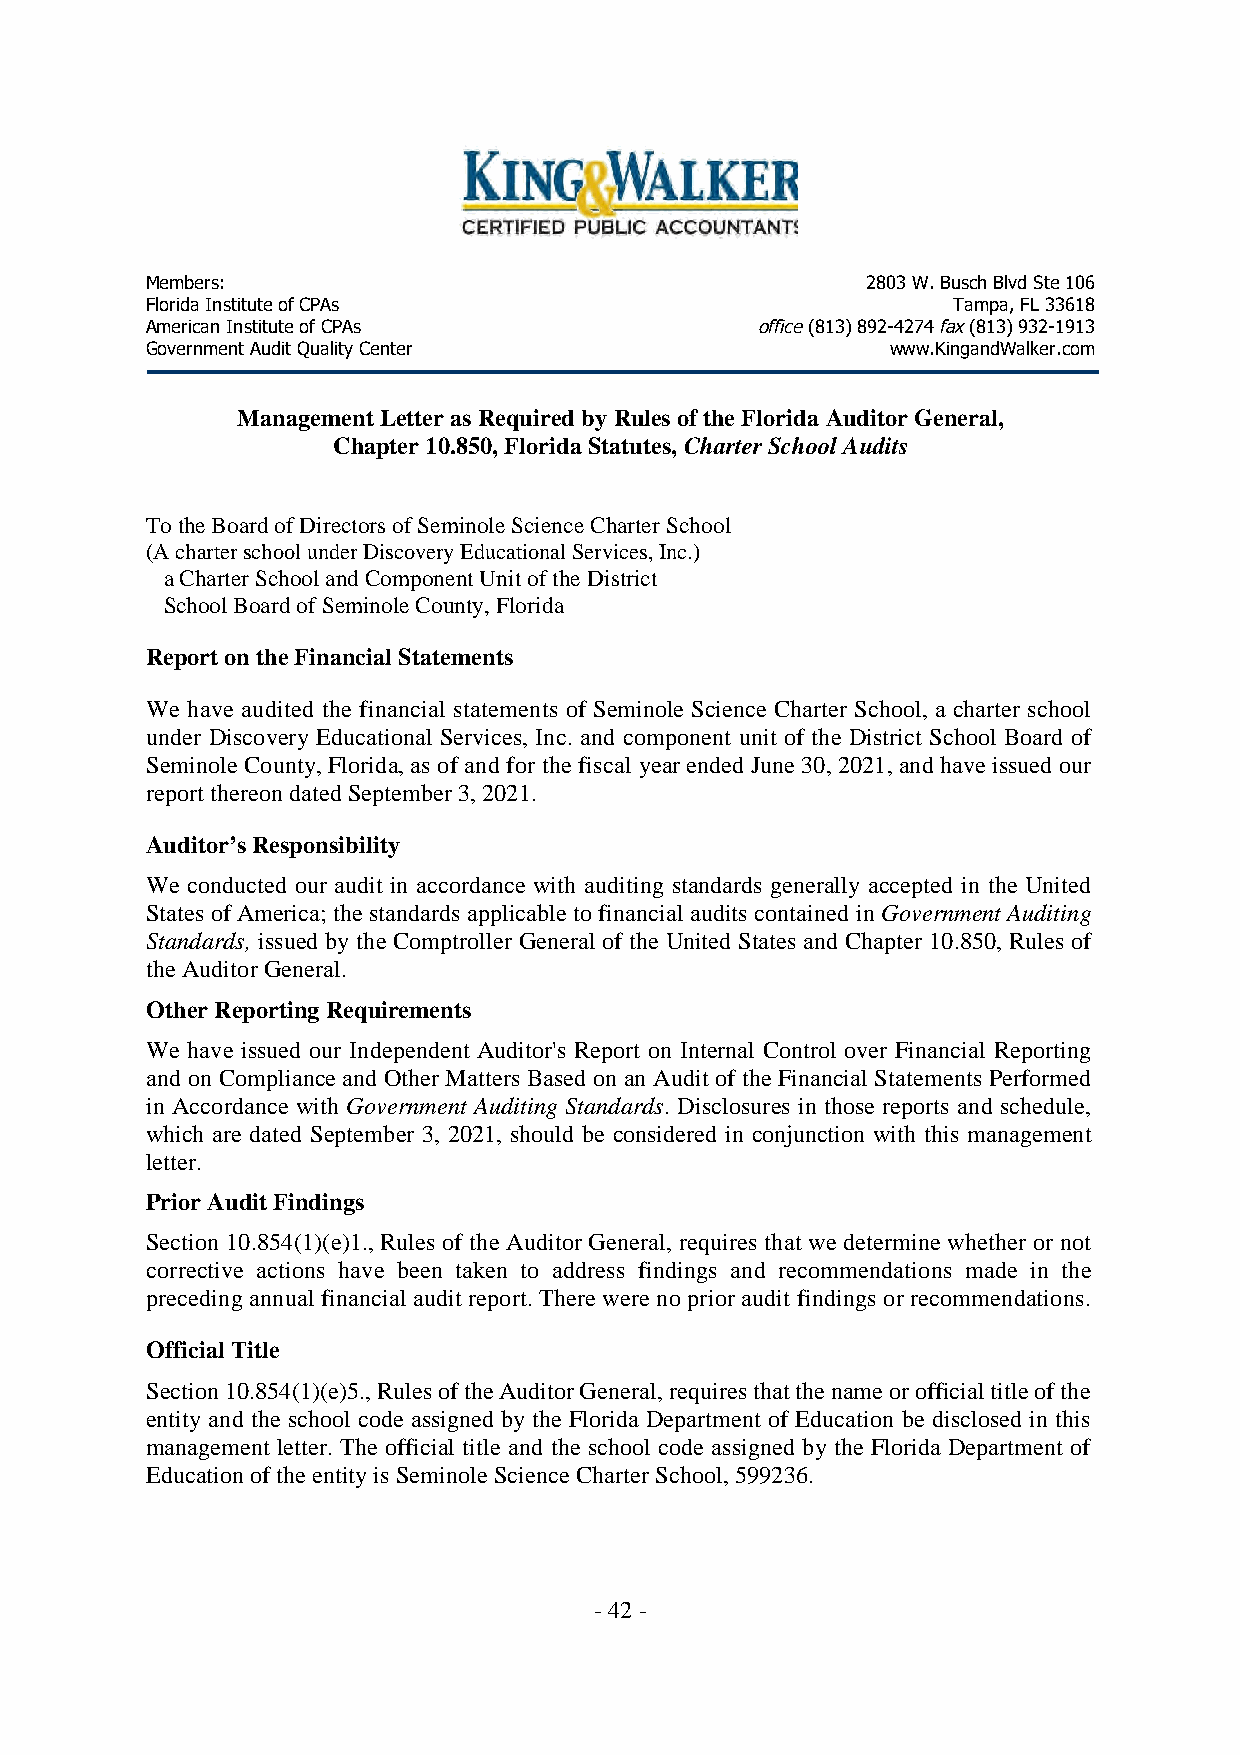
Members:                                       2803W.BuschBlvdSte106
 FloridaInstituteofCPAs                               Tampa,FL33618
 AmericanInstituteofCPAs                 office(813)892-4274fax(813)932-1913
 GovernmentAuditQualityCenter                     www.KingandWalker.com
 ManagementLetteras RequiredbyRules oftheFloridaAuditorGeneral,
 Chapter10.850,FloridaStatutes, CharterSchoolAudits
 TotheBoardofDirectorsofSeminoleScienceCharterSchool
 (AcharterschoolunderDiscoveryEducationalServices,Inc.)
 aCharterSchoolandComponentUnitoftheDistrict
 SchoolBoardofSeminoleCounty,Florida
 ReportontheFinancialStatements
 We have audited the financial statements of Seminole Science Charter School, a charter school
 under Discovery Educational Services, Inc. and component unit of the District School Board of
 SeminoleCounty,Florida, as of and for the fiscal yearendedJune30,2021,andhaveissuedour
 reportthereondatedSeptember3,2021.
 Auditor’sResponsibility
 We conducted our audit in accordance with auditing standards generally accepted in the United
 States ofAmerica;the standards applicableto financialaudits contained in Government Auditing
 Standards, issued by the Comptroller General of the United States and Chapter 10.850, Rules of
 theAuditorGeneral.
 OtherReportingRequirements
 We have issued our Independent Auditor's Report on Internal Control over Financial Reporting
 and on Compliance and Other Matters Based on an Audit of the Financial Statements Performed
 in Accordance with Government Auditing Standards. Disclosures in those reports and schedule,
 which are dated September 3, 2021, should be considered in conjunction with this management
 letter.
 PriorAuditFindings
 Section 10.854(1)(e)1., Rules of the Auditor General, requires that wedetermine whether or not
 corrective actions have been taken to address findings and recommendations made in the
 preceding annual financial audit report. Therewereno prior audit findings orrecommendations.
 OfficialTitle
 Section10.854(1)(e)5.,RulesoftheAuditorGeneral,requiresthatthenameorofficialtitleofthe
 entity and the school code assigned by the Florida Department of Education be disclosed in this
 management letter. The official title and the school code assigned by the Florida Department of
 Educationoftheentityis SeminoleScienceCharterSchool,599236.
 -42-